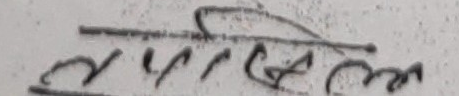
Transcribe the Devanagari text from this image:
सुनील